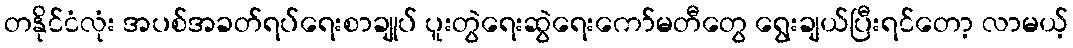
တနိုင်ငံလုံး အပစ်အခတ်ရပ်ရေးစာချုပ် ပူးတွဲရေးဆွဲရေးကော်မတီတွေ ရွေးချယ်ပြီးရင်တော့ လာမယ့်